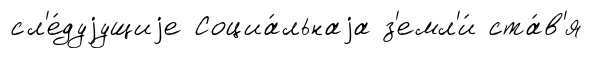
сл'е́дуjущиjе Социа́льнаjа з'емл'и́ ста́в'я